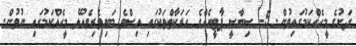
ދަށުގެ މީހެއްކަމުގައިވުން. 5- ސިޔާސީ ޕާޓީއެއްގެ ހަރަކާތްތަކުގައި އިސްވެ ބައިވެރިވެއުޅޭ މީހެއްކަމުގައި ނުވުން.